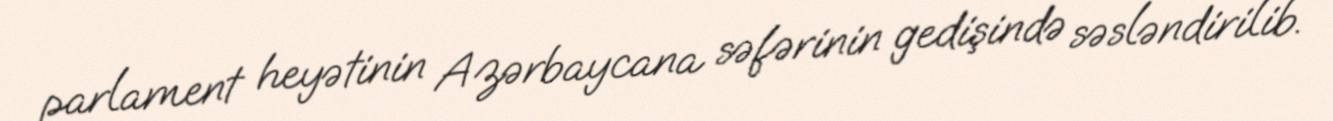
parlament heyətinin Azərbaycana səfərinin gedişində səsləndirilib.